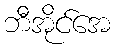
ဘီအိုင်အေ